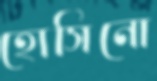
হোসিনো